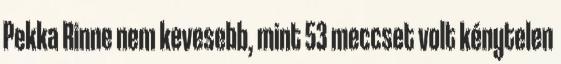
Pekka Rinne nem kevesebb, mint 53 meccset volt kénytelen